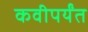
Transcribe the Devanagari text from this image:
कवीपर्यंत